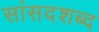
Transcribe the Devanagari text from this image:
सांसदशब्द